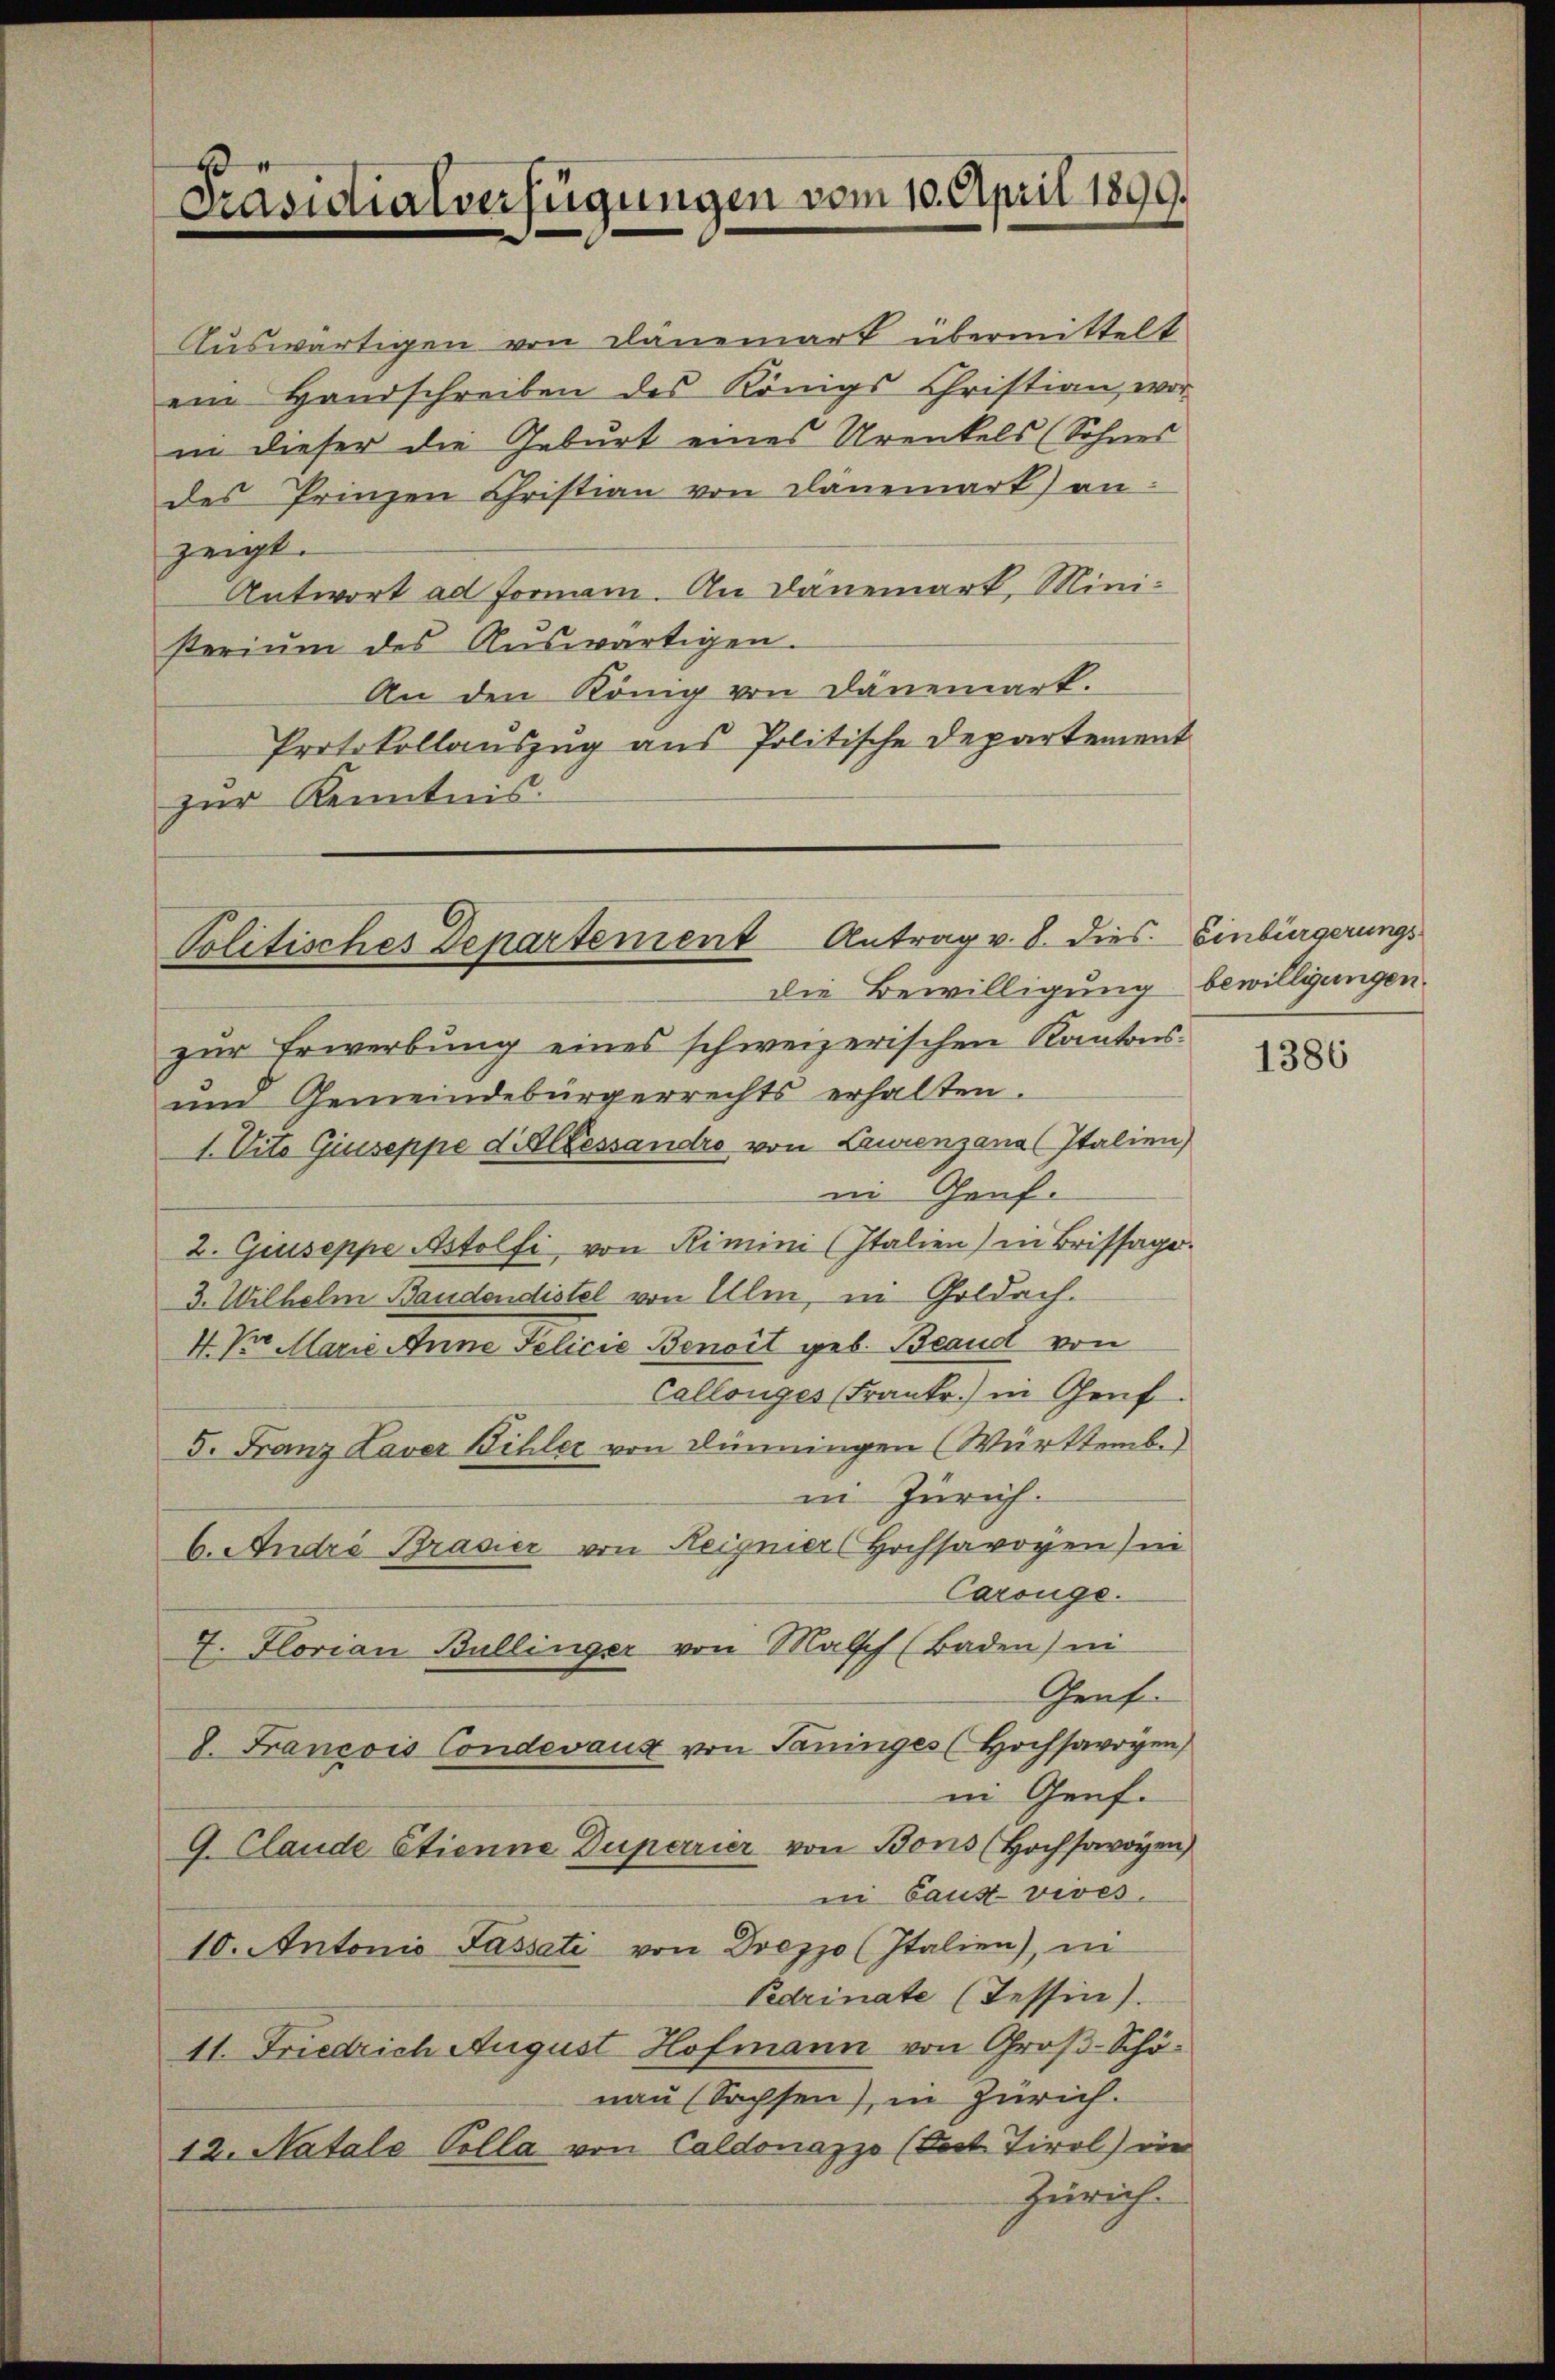
Präsidialverfügungen vom 10. April 1899.

Auswärtigen von Dänemark übermittelt
ein Handschreiben des Königs Christian wor
in dieser die Geburt eines Urenkels (Sohnes
des Prinzen Christian von Plänemark) an:
zeigt.
Antwort ad Forman. An Dänemark, Ministerium des Aŭswärtigen.
An den König von Dänemart.
Protokollauszug aus Politische Departement
zur Kenntnis.

Politisches Departement Antrag v. 8. dies Einbürgerungsdie Bewilligung bewilligungen.

zur Erwerbung eines schweizerischen Kantons-
um Gemeindebürgerrechts erhalten.
1. Vito Giuseppe d Alessandro von Laurenzana (Italien)
in Genf.
2. Giuseppe Astolfi, von Rimini (Italien) in Brissage.
3. Wilhelm Baudondistel von Ulm, in Goldach.
4. Pr. Marie Anne Felicie Benoit geb. Beaud von
Callonges (Frankr.) in Genf.
5. Franz Laver Willer von Dünningen (Württemb.)
in Zürich.
6. André Brasier von Heignier Hochsavoyen sin
Carouge.
4. Florian Bullinger von Malsch (Baden) ni
Genf.
V. Francois Condevaux von Saninges (Hochsavoyen
in Genf.
G. Claude Etienne Duparrier von Bons (Hochsavoyen)
in Caus-vives.
10. Antonio Sassati von Drezzo (Italien), in
Pedrinate (Tessin).
11. Friedrich August Hofmann von Groß-Schö-
nau (Sachsen), in Zürich.
12. Natale Colla von Caldonazzo (Post Tirol) in
Zürich.

1386